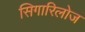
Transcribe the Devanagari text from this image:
सिगारिलोज